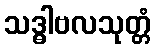
သဒ္ဓါဗလသုတ္တံ